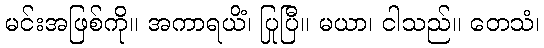
မင်းအဖြစ်ကို။ အကာရယိံ၊ ပြုပြီ။ မယာ၊ ငါသည်။ တေသံ၊